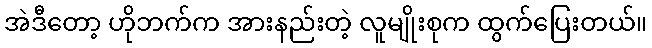
အဲဒီတော့ ဟိုဘက်က အားနည်းတဲ့ လူမျိုးစုက ထွက်ပြေးတယ်။